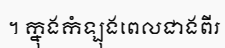
។ ក្នុងកំឡុងពេលជាងពីរ